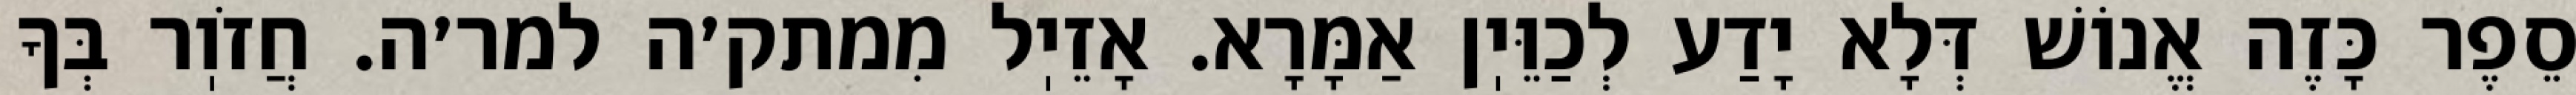
סֵפֶר כָּזֶה אֱנוֹשׁ דְּלָא יָדַע לְכַוֵּיֽן אַמָּרָא. אָזֵיֽל מִמתק׳ה למר׳ה. חֲזֹוֽר בְּךָ